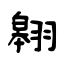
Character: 翱